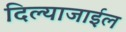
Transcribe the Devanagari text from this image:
दिल्याजाईल